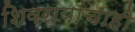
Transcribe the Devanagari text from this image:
शिवरायांचाही